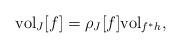
LaTeX: \begin{align*}{\rm vol}_{J} [f] = \rho_{J} [f] {\rm vol}_{f^{*} h}, \end{align*}